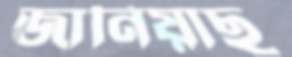
জানিয়াছ